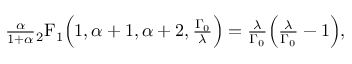
\begin{array} { r } { \frac { \alpha } { 1 + \alpha } \mathstrut _ { 2 } \mathrm { F } _ { 1 } \Big ( 1 , \alpha + 1 , \alpha + 2 , \frac { \Gamma _ { 0 } } { \lambda } \Big ) = \frac { \lambda } { \Gamma _ { 0 } } \Big ( \frac { \lambda } { \Gamma _ { 0 } } - 1 \Big ) , } \end{array}